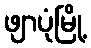
ဖျာပုံမြို့